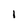
Character: 1